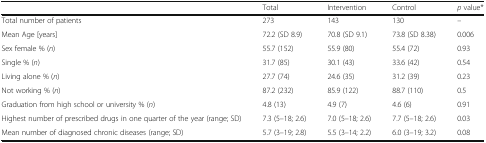
<table><thead><tr><td></td><td><b>Total</b></td><td><b>Intervention</b></td><td><b>Control</b></td><td><b><i>p</i> value*</b></td></tr></thead><tbody><tr><td>Total number of patients</td><td>273</td><td>143</td><td>130</td><td>–</td></tr><tr><td>Mean Age [years]</td><td>72.2 (SD 8.9)</td><td>70.8 (SD 9.1)</td><td>73.8 (SD 8.38)</td><td>0.006</td></tr><tr><td>Sex female % (<i>n</i>)</td><td>55.7 (152)</td><td>55.9 (80)</td><td>55.4 (72)</td><td>0.93</td></tr><tr><td>Single % (<i>n</i>)</td><td>31.7 (85)</td><td>30.1 (43)</td><td>33.6 (42)</td><td>0.54</td></tr><tr><td>Living alone % (<i>n</i>)</td><td>27.7 (74)</td><td>24.6 (35)</td><td>31.2 (39)</td><td>0.23</td></tr><tr><td>Not working % (<i>n</i>)</td><td>87.2 (232)</td><td>85.9 (122)</td><td>88.7 (110)</td><td>0.5</td></tr><tr><td>Graduation from high school or university % (<i>n</i>)</td><td>4.8 (13)</td><td>4.9 (7)</td><td>4.6 (6)</td><td>0.91</td></tr><tr><td>Highest number of prescribed drugs in one quarter of the year (range; SD)</td><td>7.3 (5–18; 2.6)</td><td>7.0 (5–18; 2.6)</td><td>7.7 (5–18; 2.6)</td><td>0.03</td></tr><tr><td>Mean number of diagnosed chronic diseases (range; SD)</td><td>5.7 (3–19; 2.8)</td><td>5.5 (3–14; 2.2)</td><td>6.0 (3–19; 3.2)</td><td>0.08</td></tr></tbody></table>